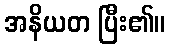
အနိယတ ပြီး၏။